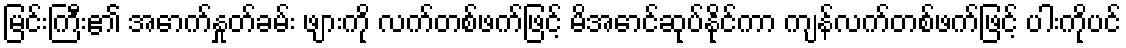
မြင်းကြီး၏ အောက်နှုတ်ခမ်း ဖျားကို လက်တစ်ဖက်ဖြင့် မိအောင်ဆုပ်နိုင်ကာ ကျန်လက်တစ်ဖက်ဖြင့် ပါးကိုပင်